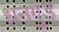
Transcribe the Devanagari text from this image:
धनगुड़